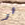
هو